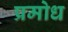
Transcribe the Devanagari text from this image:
प्रमोध